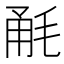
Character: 𣭲